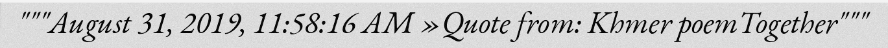
"""August 31, 2019, 11:58:16 AM »Quote from: Khmer poemTogether"""